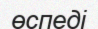
өспеді